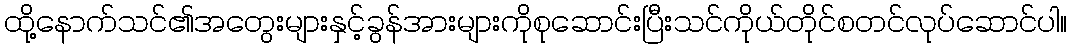
ထို့နောက်သင်၏အတွေးများနှင့်ခွန်အားများကိုစုဆောင်းပြီးသင်ကိုယ်တိုင်စတင်လုပ်ဆောင်ပါ။